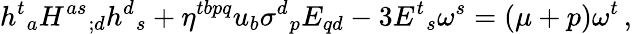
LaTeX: h^{t}{}_{a}H^{as}{}_{;d}h^{d}{}_{s}+\eta^{tbpq}u_{b}\sigma^{d}{}_{p}E_{qd}-3E^{t}{}_{s}\omega^{s}=(\mu+p)\omega^{t}\, ,